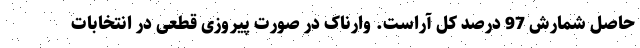
حاصل شمارش 97 درصد کل آراست. وارناک در صورت پیروزی قطعی در انتخابات